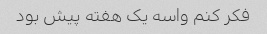
فکر کنم واسه یک هفته پیش بود